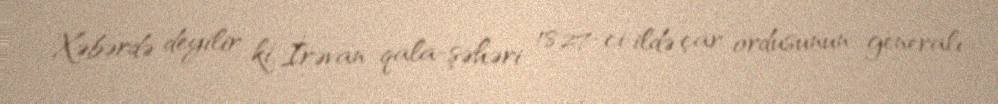
Xəbərdə deyilir ki, İrəvan qala-şəhəri 1827-ci ildə çar ordusunun generalı